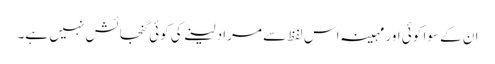
ان کے سوا کوئی اور مہینہ اس لفظ سے مراد لینے کی کوئی گنجائش نہیں ہے۔